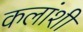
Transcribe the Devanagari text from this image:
कलांशी